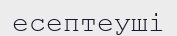
есептеуші